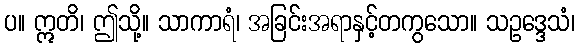
ပ။ ဣတိ၊ ဤသို့။ သာကာရံ၊ အခြင်းအရာနှင့်တကွသော။ သဥဒ္ဒေသံ၊